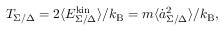
T _ { \Sigma / \Delta } = 2 \langle E _ { \Sigma / \Delta } ^ { \mathrm { k i n } } \rangle / k _ { \mathrm { B } } = m \langle \dot { a } _ { \Sigma / \Delta } ^ { 2 } \rangle / k _ { \mathrm { B } } ,